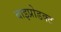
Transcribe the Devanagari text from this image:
बाइप्रोडक्ट